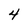
Character: 4